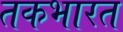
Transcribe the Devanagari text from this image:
तकभारत